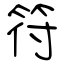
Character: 符